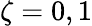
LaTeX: \zeta=0,1